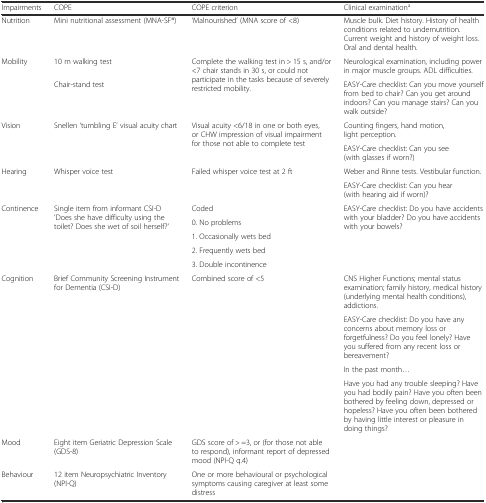
<table><thead><tr><td><b>Impairments</b></td><td><b>COPE</b></td><td><b>COPE criterion</b></td><td><b>Clinical examination<sup>a</sup></b></td></tr></thead><tbody><tr><td>Nutrition</td><td>Mini nutritional assessment (MNA-SF®)</td><td>‘Malnourished’ (MNA score of &lt;8)</td><td>Muscle bulk. Diet history. History of health conditions related to undernutrition. Current weight and history of weight loss. Oral and dental health.</td></tr><tr><td rowspan="2">Mobility</td><td>10 m walking test</td><td rowspan="2">Complete the walking test in &gt; 15 s, and/or &lt;7 chair stands in 30 s, or could not participate in the tasks because of severely restricted mobility.</td><td>Neurological examination, including power in major muscle groups. ADL difficulties.</td></tr><tr><td>Chair-stand test</td><td>EASY-Care checklist: Can you move yourself from bed to chair? Can you get around indoors? Can you manage stairs? Can you walk outside?</td></tr><tr><td rowspan="2">Vision</td><td rowspan="2">Snellen ‘tumbling E’ visual acuity chart</td><td rowspan="2">Visual acuity &lt;6/18 in one or both eyes, or CHW impression of visual impairment for those not able to complete test</td><td>Counting fingers, hand motion, light perception.</td></tr><tr><td>EASY-Care checklist: Can you see (with glasses if worn?)</td></tr><tr><td rowspan="2">Hearing</td><td rowspan="2">Whisper voice test</td><td rowspan="2">Failed whisper voice test at 2 ft</td><td>Weber and Rinne tests. Vestibular function.</td></tr><tr><td>EASY-Care checklist: Can you hear (with hearing aid if worn)?</td></tr><tr><td rowspan="5">Continence</td><td rowspan="5">Single item from informant CSI-D ‘Does she have difficulty using the toilet? Does she wet of soil herself?’</td><td>Coded</td><td rowspan="5">EASY-Care checklist: Do you have accidents with your bladder? Do you have accidents with your bowels?</td></tr><tr><td>0. No problems</td></tr><tr><td>1. Occasionally wets bed</td></tr><tr><td>2. Frequently wets bed</td></tr><tr><td>3. Double incontinence</td></tr><tr><td rowspan="4">Cognition</td><td rowspan="4">Brief Community Screening Instrument for Dementia (CSI-D)</td><td rowspan="4">Combined score of &lt;5</td><td>CNS Higher Functions; mental status examination; family history, medical history (underlying mental health conditions), addictions.</td></tr><tr><td>EASY-Care checklist: Do you have any concerns about memory loss or forgetfulness? Do you feel lonely? Have you suffered from any recent loss or bereavement?</td></tr><tr><td>In the past month...</td></tr><tr><td>Have you had any trouble sleeping? Have you had bodily pain? Have you often been bothered by feeling down, depressed or hopeless? Have you often been bothered by having little interest or pleasure in doing things?</td></tr><tr><td>Mood</td><td>Eight item Geriatric Depression Scale (GDS-8)</td><td>GDS score of &gt; =3, or (for those not able to respond), informant report of depressed mood (NPI-Q q.4)</td><td rowspan="2"></td></tr><tr><td>Behaviour</td><td>12 item Neuropsychiatric Inventory (NPI-Q)</td><td>One or more behavioural or psychological symptoms causing caregiver at least some distress</td></tr></tbody></table>